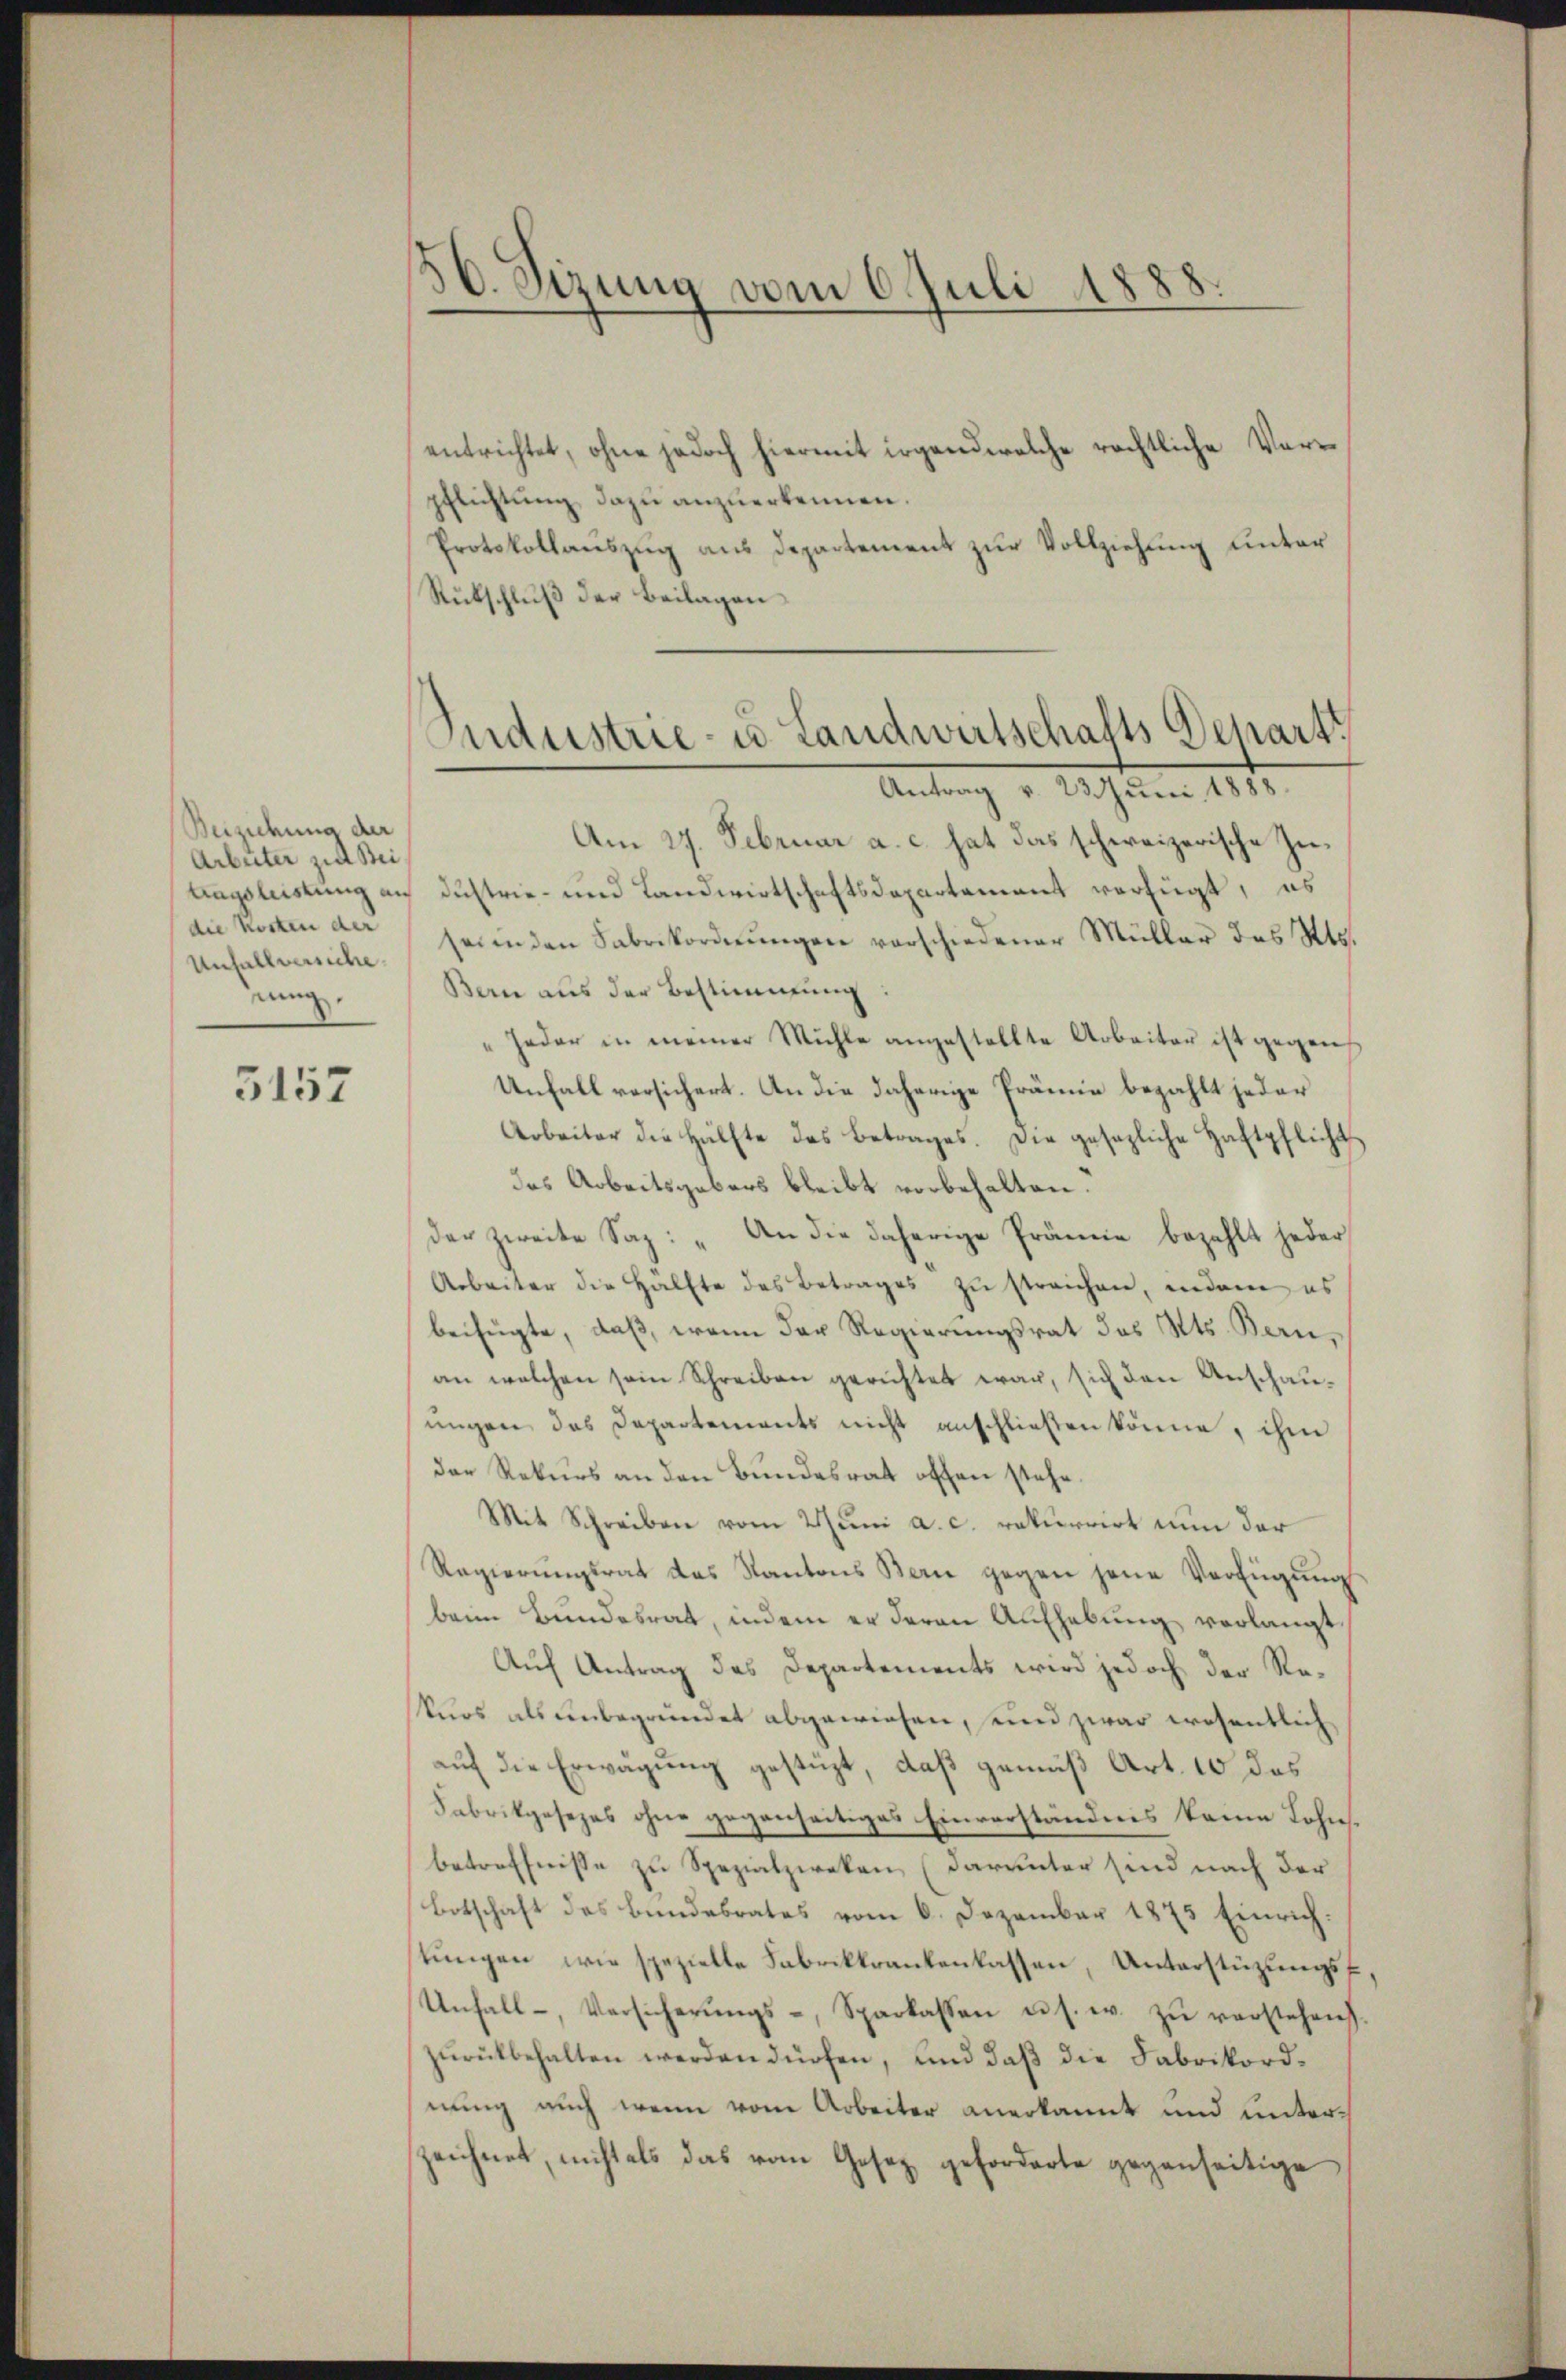
Beiziehung der
Arbeiter zur Bei
die Kosten der
Unfallversiche
eung.

5157

50. Sizung vom 6. Juli 1888.

entrichtet, ohne jedoch hiermit irgend welche rechtliche Vorpflichtung dazu anzuerkennen.
Protokollauszug aus Departement zur Vollziehung unter
Rübschluß der Beilagen

Am 27. Februar a. c. hat das schweizerische Zutagsleistung an Dustrie- und Landwirtschaftsdepartement verfügt, es
sei in den Fabrikordnŭngen verschiedener Müller des Kts.
Bern aus der Bestimmung:
Jeder in meiner Mühle angestellte Arbeiter ist gegen
Unfall versichert. An die daherige Prämie bezahlt jeder
Arbeiter die Hälfte des Betrages. Die gesezliche Haftpflicht
das Arbeitsgebers bleibt vorbehalten.
der zweite Saz: „An die daherige Prämie bezahlt jeder
Arbeiter die Hälfte des Betrages zŭ streichen, indem es
beifügte, daß, wenn der Regierungsrat des Kts. Bern,
an welchen sein Schreiben gerichtet war, sich den Anschauungen das Departements nicht anschließen könne, ihm
der Rekurs an den Bundesrat offen stehe.
Mit Schreiben vom 2 Juni a. c. rekurrirt nun der
Regierŭngsrat das Kantons Bern gegen jene Verfügŭng
beim Bundesrat, indem er deren Aufhebung verlangt.
Auf Antrag des Departements wird jedoch der Rekurs als unbegründet abgewiesen, und zwar wesentlich
auf die Erwägung gestüzt, daß gemäß Art. 10 das
Fabrikgesezes ohne gegenseitiges Einverständnis keine Lohnbetreffnisse zu Spezialzweken, (darunter sind nach der
Botschaft des Bundesrates vom 6. Dezember 1875 Einrich.
stungen wie spezielle Fabrikkrankenlassen, Unterstüzungs¬
Unfall-, Versicherŭngs-, Sparkassen u. s. w. zŭ verstehen
zurückbehalten werden dürfen, und daß die Fabrikordnung auch wenn vom Arbeiter anerkannt und unterzeichnet, nicht als das vom Gesez geforderte gegenseitige

Sudustrie- u. Landwirtschalts Depart
Antrag v. Jahre 1812.